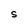
Character: S